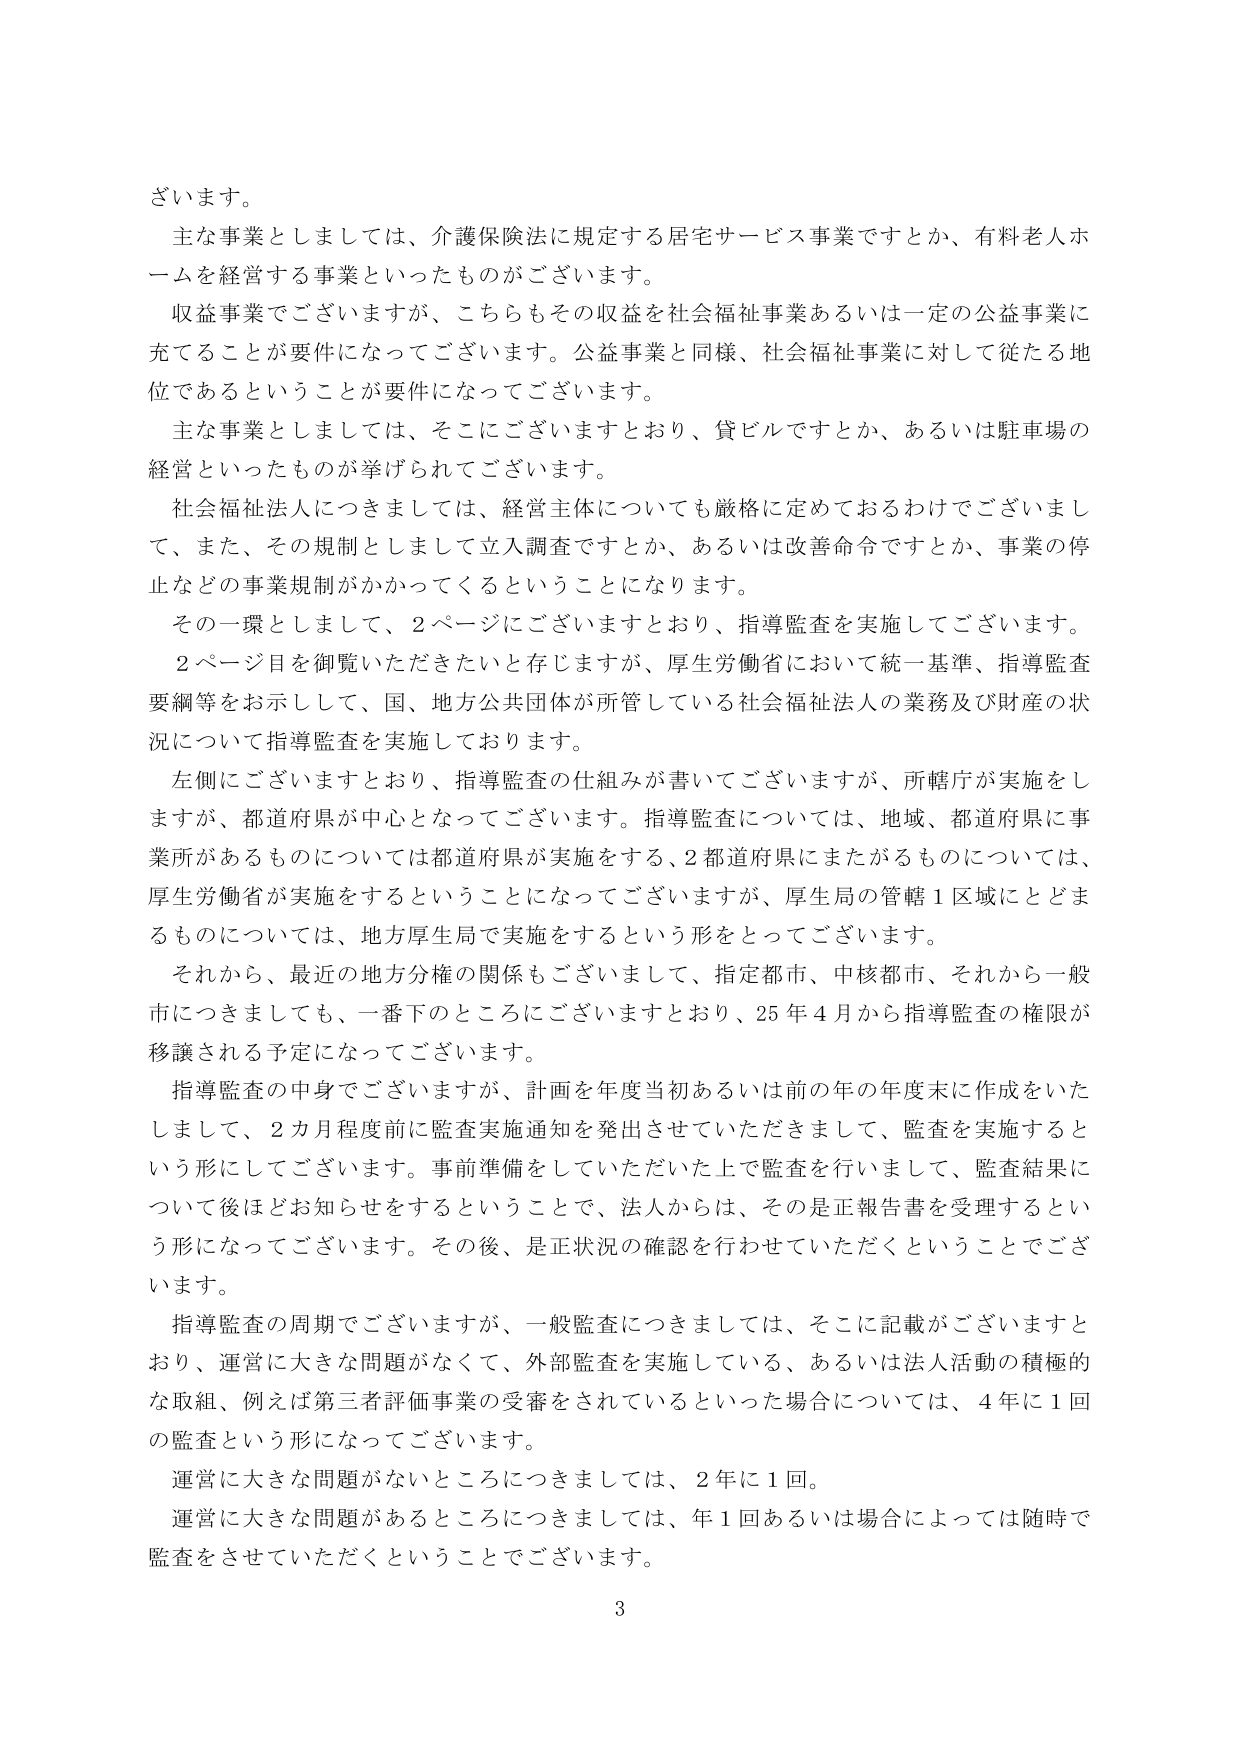
ざいます。

主な事業としましては、介護保険法に規定する居宅サービス事業ですとか、有料老人ホームを経営する事業といったもののがございます。

収益事業でございますが、こちらもその収益を社会福祉事業あるいは一定の公益事業に充てることが要件になってございます。公益事業と同様、社会福祉事業に対して従たる地位であるということが要件になってございます。

主な事業としましては、そこにございますとおり、貸ビルですとか、あるいは駐車場の経営といったものが挙げられてございます。

社会福祉法人につきましては、経営主体についても厳格に定めておるわけでございまして、また、その規制としまして立入調査ですとか、あるいは改善命令ですとか、事業の停止などの事業規制がかかってくるということになります。

その一環としまして、2ページにございますとおり、指導監査を実施してございます。

2ページ目を御覧いただきたいと存じますが、厚生労働省において統一基準、指導監査要綱等をお示しして、国、地方公共団体が所管している社会福祉法人の業務及び財産の状況について指導監査を実施しております。

左側にございますとおり、指導監査の仕組みが書いてございますが、所轄庁が実施をしますが、都道府県が中心となってございます。指導監査については、地域、都道府県に事業所があるものについては都道府県が実施をする、2都道府県にまたがるものについては、厚生労働省が実施をするということになってございますが、厚生局の管轄1区域にとどまるものについては、地方厚生局で実施をするという形をとってございます。

それから、最近の地方分権の関係もございまして、指定都市、中核都市、それから一般市につきましても、一番下のところにございますとおり、25年4月から指導監査の権限が移譲される予定になってございます。

指導監査の中身でございますが、計画を年度当初あるいは前の年の年度末に作成をいたしまして、2カ月程度前に監査実施通知を発出させていただきますまして、監査を実施するという形にしてございます。事前準備をしていただいた上で監査を行いまして、監査結果について後ほどお知らせをするということで、法人からは、その是正報告書を受理するという形になってございます。その後、是正状況の確認を行わせていただくということでございます。

指導監査の周期でございますが、一般監査につきましては、そこに記載がございますとおり、運営に大きな問題がなくて、外部監査を実施している、あるいは法人活動の積極的な取組、例えば第三者評価事業の受審をされているといった場合については、4年に1回の監査という形になってございます。

運営に大きな問題がないところにつきましては、2年に1回。

運営に大きな問題があるところにつきましては、年1回あるいは場合によっては随時で監査をさせていただくということでございます。

3